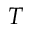
T